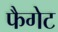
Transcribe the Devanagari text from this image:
फैगेट